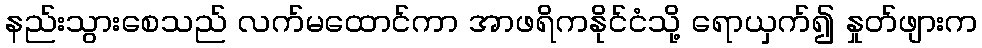
နည်းသွားစေသည် လက်မထောင်ကာ အာဖရိကနိုင်ငံသို့ ရောယှက်၍ နှုတ်ဖျားက